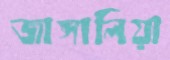
জাঙ্গালিয়া